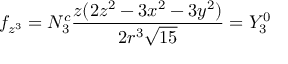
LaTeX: f _ { z ^ { 3 } } = N _ { 3 } ^ { c } { \frac { z ( 2 z ^ { 2 } - 3 x ^ { 2 } - 3 y ^ { 2 } ) } { 2 r ^ { 3 } { \sqrt { 1 5 } } } } = Y _ { 3 } ^ { 0 }